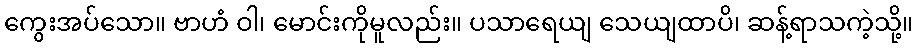
ကွေးအပ်သော။ ဗာဟံ ဝါ၊ မောင်းကိုမူလည်း။ ပသာရေယျ သေယျထာပိ၊ ဆန့်ရာသကဲ့သို့။